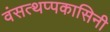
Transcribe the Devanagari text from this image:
वंसत्थप्पकासिनी